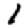
Digit: 1